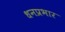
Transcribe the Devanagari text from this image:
धनप्रभार